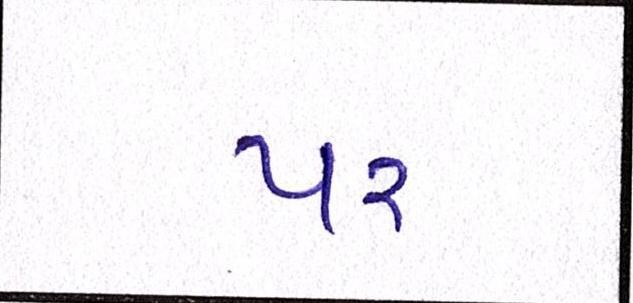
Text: પર